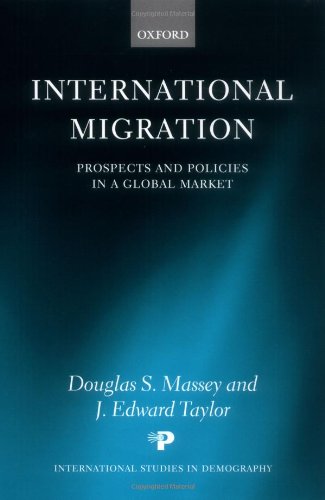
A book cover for International Migration: Prospects and Policies in a Global Market (International Studies in Demography); Business & Money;